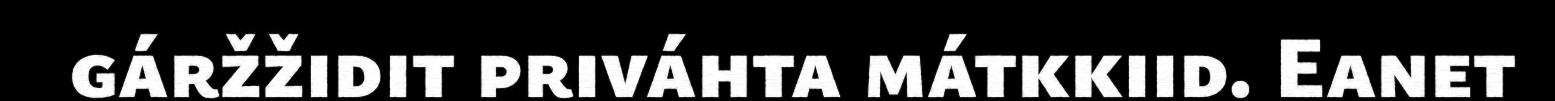
gáržžidit priváhta mátkkiid. Eanet